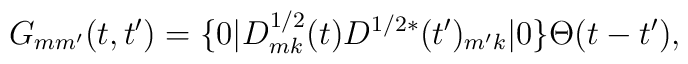
G_{mm'} (t,t') =\{0| D^{1/2}_{mk}(t) D^{1/2*}(t')_{m'k}|0\}\Theta (t-t'),